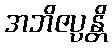
အဘိဇပ္ပန္တိ